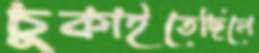
চুকাইতেছিলে